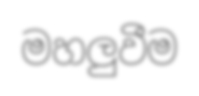
මහලුවීම